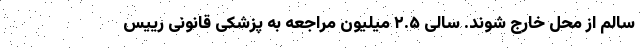
سالم از محل خارج شوند. سالی ۲.۵ میلیون مراجعه به پزشکی قانونی رییس